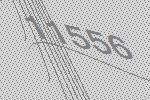
11556